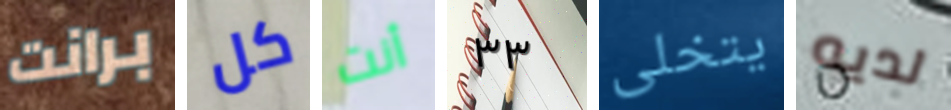
برانت كل أنت ٣٣ يتخلى لديه